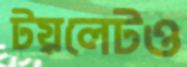
টয়লেটও